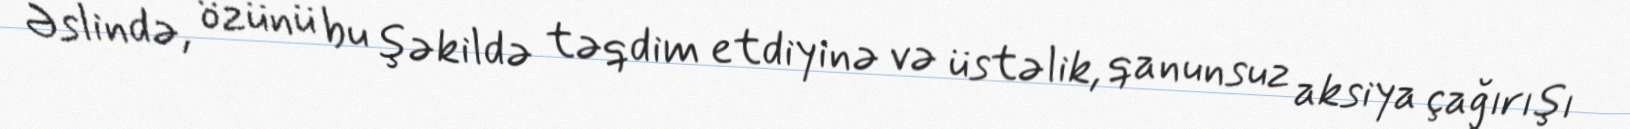
Əslində, özünü bu şəkildə təqdim etdiyinə və üstəlik, qanunsuz aksiya çağırışı